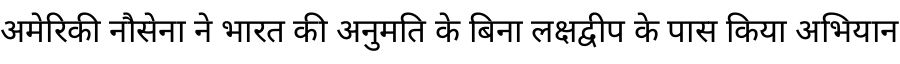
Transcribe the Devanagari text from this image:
अमेरिकी नौसेना ने भारत की अनुमति के बिना लक्षद्वीप के पास किया अभियान